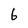
Character: 6